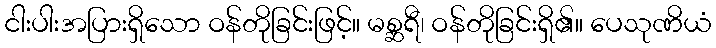
ငါးပါးအပြားရှိသော ဝန်တိုခြင်းဖြင့်။ မစ္ဆရီ၊ ဝန်တိုခြင်းရှိ၏။ ပေသုဏိယံ